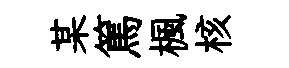
某篤楓核